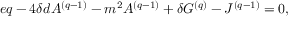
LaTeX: e q - 4 \delta d A ^ { ( q - 1 ) } - m ^ { 2 } A ^ { ( q - 1 ) } + \delta G ^ { ( q ) } - J ^ { ( q - 1 ) } = 0 ,